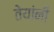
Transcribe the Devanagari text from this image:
तेयांनी